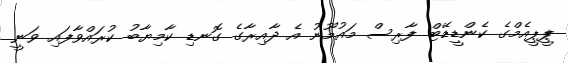
ޕީޕީއެމްގެ ކެންޑީޑޭޓް ފާރިސް މައުމޫނު އެ ދާއިރާގެ ގޮނޑި ކާމިޔާބު ކުރައްވާފައި ވަނީ